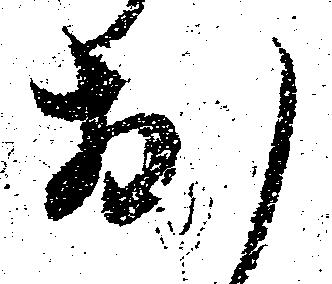
お